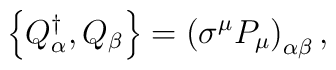
\left \{Q_{\alpha}^{\dagger},Q_{\beta}\right \}= \left( \sigma^{\mu} P_{\mu}\right )_{\alpha\beta},